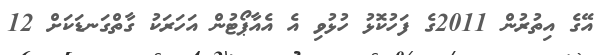
އޭގެ އިތުރުން 2011ގެ ފަހުކޮޅު ހުޅުވި އެ އެއާޕޯޓުން އަހަރަކު ގާތްގަނޑަކަށް 12